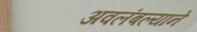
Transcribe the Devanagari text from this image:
अवलंबल्याने